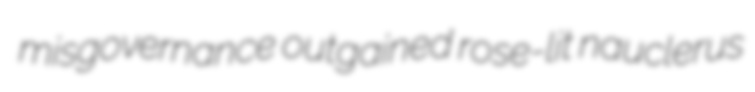
misgovernance outgained rose-lit nauclerus